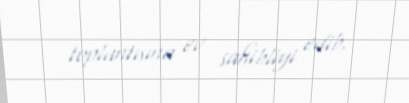
toplantısına ev sahibliyi edib.